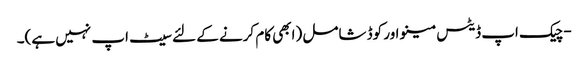
- چیک اپ ڈیٹس مینو اور کوڈ شامل (ابھی کام کرنے کے لئے سیٹ اپ نہیں ہے)۔